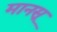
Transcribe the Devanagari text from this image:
मानसू